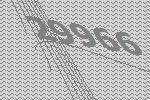
29966